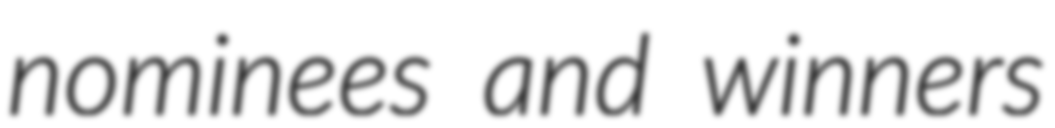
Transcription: nominees and winners